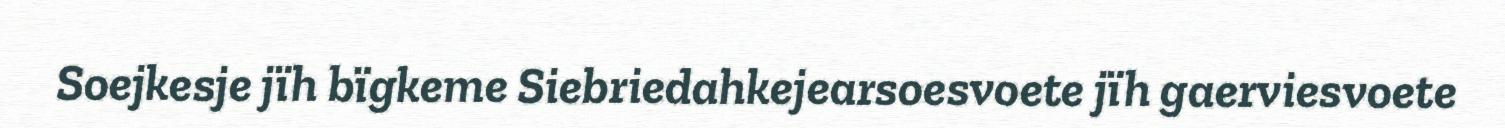
Soejkesje jïh bïgkeme Siebriedahkejearsoesvoete jïh gaerviesvoete